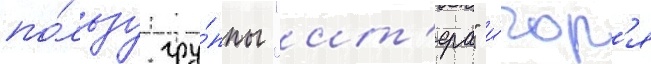
по́льзу гру́ппы "ит'ера" и́гор'я